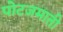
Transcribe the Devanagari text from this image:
पोटजमाती